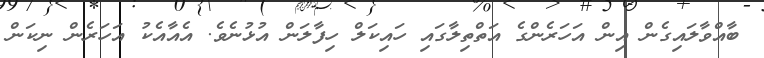
ބާއްވާލައިގެން އިން އަހަރެންގެ އަތްތިލާގައި ހައިކަލް ހިފާލަން އުޅުނެވެ. އެއާއެކު އަހަރެން ނިކަން